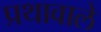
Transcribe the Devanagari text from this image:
प्रथावाले